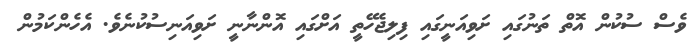
ވެސް ސުކުން އޮތް ތަނުގައި ށަވިއަނީގައި ފިލިޖެހޭތީ އަށްގައި އޮންނާނީ ށަވިއަނިސުކުނެވެ. އެހެންކަމުން